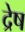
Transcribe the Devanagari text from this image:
द्रेष